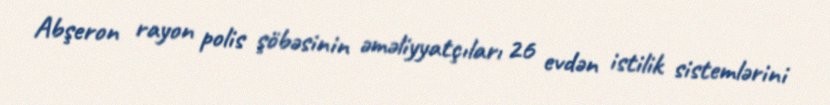
Abşeron rayon polis şöbəsinin əməliyyatçıları 26 evdən istilik sistemlərini